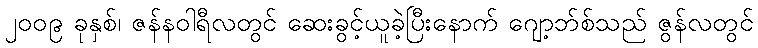
၂၀၀၉ ခုနှစ်၊ ဇန်နဝါရီလတွင် ဆေးခွင့်ယူခဲ့ပြီးနောက် ဂျော့ဘ်စ်သည် ဇွန်လတွင်